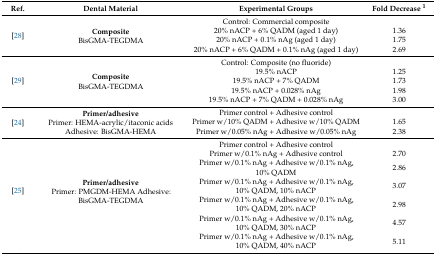
<table><thead><tr><td><b>Ref.</b></td><td><b>Dental Material</b></td><td><b>Experimental Groups</b></td><td><b>Fold Decrease <sup>1</sup></b></td></tr></thead><tbody><tr><td rowspan="4">[28]</td><td rowspan="4"><b>Composite</b>BisGMA-TEGDMA</td><td>Control: Commercial composite</td><td></td></tr><tr><td>20% nACP + 6% QADM (aged 1 day)</td><td>1.36</td></tr><tr><td>20% nACP + 0.1% nAg (aged 1 day)</td><td>1.75</td></tr><tr><td>20% nACP + 6% QADM + 0.1% nAg (aged 1 day)</td><td>2.69</td></tr><tr><td rowspan="5">[29]</td><td rowspan="5"><b>Composite</b>BisGMA-TEGDMA</td><td>Control: Composite (no fluoride)</td><td></td></tr><tr><td>19.5% nACP</td><td>1.25</td></tr><tr><td>19.5% nACP + 7% QADM</td><td>1.73</td></tr><tr><td>19.5% nACP + 0.028% nAg</td><td>1.98</td></tr><tr><td>19.5% nACP + 7% QADM + 0.028% nAg</td><td>3.00</td></tr><tr><td rowspan="3">[24]</td><td rowspan="3"><b>Primer/adhesive</b> Primer: HEMA-acrylic/itaconic acids Adhesive: BisGMA-HEMA</td><td>Primer control + Adhesive control</td><td></td></tr><tr><td>Primer w/10% QADM + Adhesive w/10% QADM</td><td>1.65</td></tr><tr><td>Primer w/0.05% nAg + Adhesive w/0.05% nAg</td><td>2.38</td></tr><tr><td rowspan="7">[25]</td><td rowspan="7"><b>Primer/adhesive</b>Primer: PMGDM-HEMA Adhesive:BisGMA-TEGDMA</td><td>Primer control + Adhesive control</td><td></td></tr><tr><td>Primer w/0.1% nAg + Adhesive control</td><td>2.70</td></tr><tr><td>Primer w/0.1% nAg + Adhesive w/0.1% nAg, 10% QADM</td><td>2.86</td></tr><tr><td>Primer w/0.1% nAg + Adhesive w/0.1% nAg, 10% QADM, 10% nACP</td><td>3.07</td></tr><tr><td>Primer w/0.1% nAg + Adhesive w/0.1% nAg, 10% QADM, 20% nACP</td><td>2.98</td></tr><tr><td>Primer w/0.1% nAg + Adhesive w/0.1% nAg, 10% QADM, 30% nACP</td><td>4.57</td></tr><tr><td>Primer w/0.1% nAg + Adhesive w/0.1% nAg, 10% QADM, 40% nACP</td><td>5.11</td></tr></tbody></table>